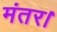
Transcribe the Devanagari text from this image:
मंतर।